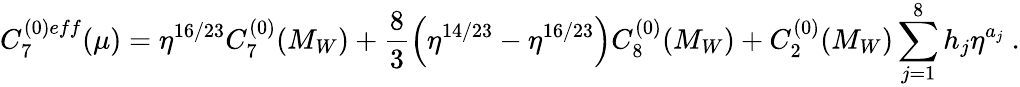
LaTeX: C_{7}^{(0)eff}(\mu)=\eta^{16/23}C_{7}^{(0)}(M_{W})+\frac{8}{3}\left(\eta^{14/23}-\eta^{16/23}\right)C_{8}^{(0)}(M_{W})+C_{2}^{(0)}(M_{W})\sum_{j=1}^{8}h_{j}\eta^{a_{j}}\ .